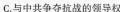
C.与中共争夺抗战的领导权